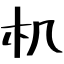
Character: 机